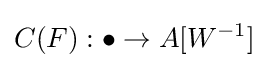
C(F):\bullet \to A[W^{-1}]